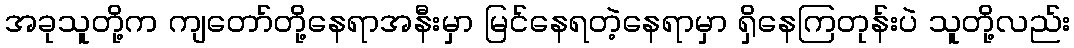
အခုသူတို့က ကျတော်တို့နေရာအနီးမှာ မြင်နေရတဲ့နေရာမှာ ရှိနေကြတုန်းပဲ သူတို့လည်း